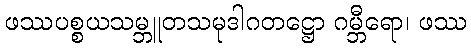
ဖဿပစ္စယသမ္ဘူတသမုဒါဂတဋ္ဌော ဂမ္ဘီရော၊ ဖဿ